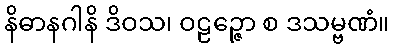
နိဓာနဂါနိ ဒိဝသ၊ ဝဠဉ္ဇော စ ဒသမ္ဗဏံ။